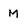
Character: M